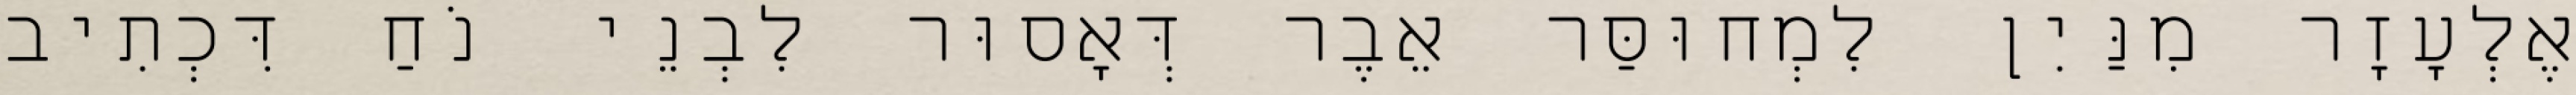
אֶלְעָזָר מִנַּיִן לִמְחוּסַּר אֵבֶר דְּאָסוּר לִבְנֵי נֹחַ דִּכְתִיב